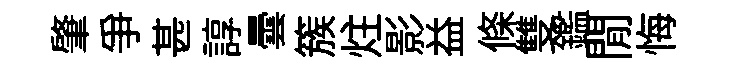
肇爭甚諄曇簇炷影益條雙鑑閒悔